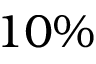
1 0 \%